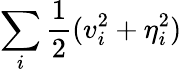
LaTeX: \sum_{i}\frac{1}{2}(v_{i}^{2}+\eta_{i}^{2})